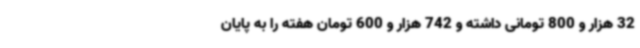
32 هزار و 800 تومانی داشته و 742 هزار و 600 تومان هفته را به پایان